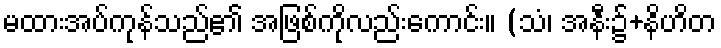
မထားအပ်ကုန်သည်၏ အဖြစ်ကိုလည်းကောင်း။ (သံ၊ အနီး၌+နိဟိတ